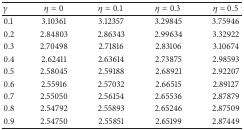
| γ | η = 0 | η = 0.1 | η = 0.3 | η = 0.5 |
 | --- | --- | --- | --- | --- |
 | 0.1 | 3.10361 | 3.12357 | 3.29845 | 3.75946 |
 | 0.2 | 2.84803 | 2.86343 | 2.99634 | 3.32922 |
 | 0.3 | 2.70498 | 2.71816 | 2.83106 | 3.10674 |
 | 0.4 | 2.62411 | 2.63614 | 2.73875 | 2.98593 |
 | 0.5 | 2.58045 | 2.59188 | 2.68921 | 2.92207 |
 | 0.6 | 2.55916 | 2.57032 | 2.66515 | 2.89127 |
 | 0.7 | 2.55050 | 2.56154 | 2.65536 | 2.87879 |
 | 0.8 | 2.54792 | 2.55893 | 2.65246 | 2.87509 |
 | 0.9 | 2.54750 | 2.55851 | 2.65199 | 2.87449 |